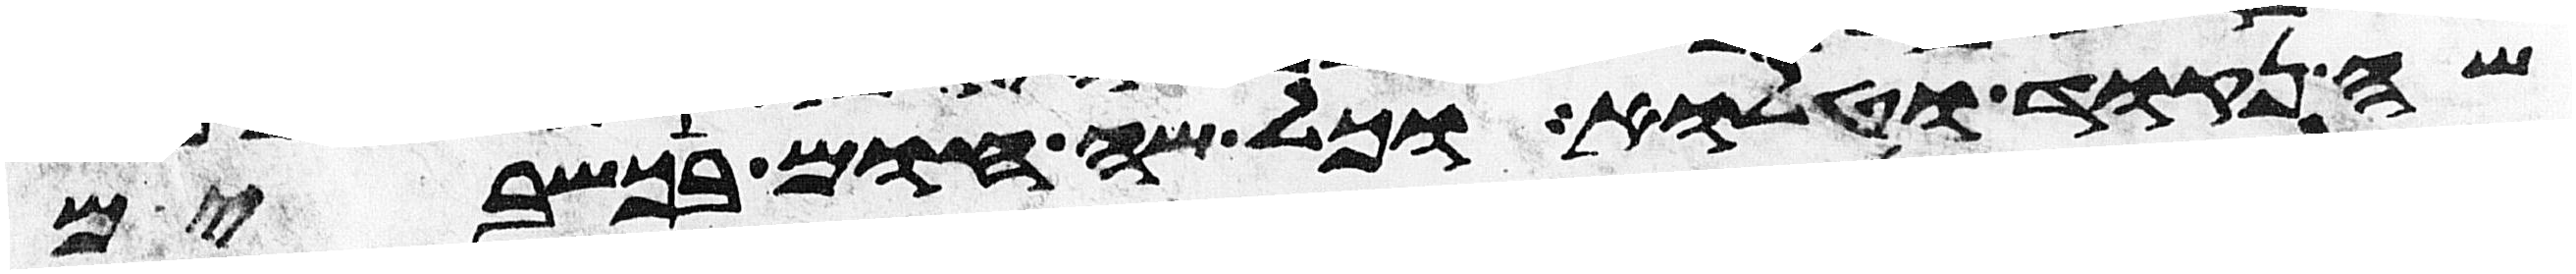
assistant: שה נקוד וטלוא וכל שה חום בכשבים